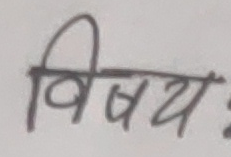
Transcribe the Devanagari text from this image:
विषयः